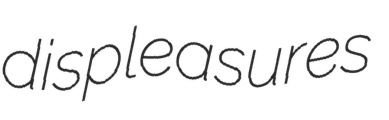
displeasures